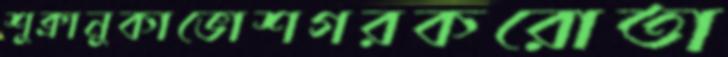
শুক্রানুকাভোশগরকরোতা